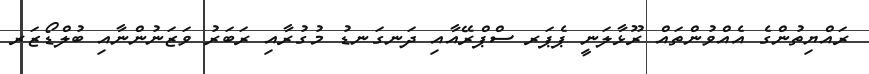
ރައްޔިތުންގެ އެއްވުންތައް ރޫޅާލަނީ ޕެޕަރ ސްޕްރޭއާއި ދަނގަނޑު މުގުރާއި ރަބަރު ވަޒަނުންނާއި ބުލްޑޯޒަރ